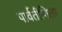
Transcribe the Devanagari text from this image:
पार्वतीशिला